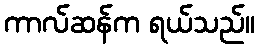
ကာလ်ဆန်က ရယ်သည်။